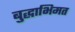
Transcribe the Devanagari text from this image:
बुद्धाभिमत